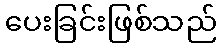
ပေးခြင်းဖြစ်သည်